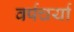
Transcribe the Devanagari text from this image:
वर्षचर्या